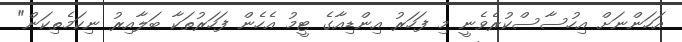
އަހަންނަށް އިހުސާސްކުރެވެނީ މި ފަހަރު އިންޑިއާގެ ޓީމު އެހެން ފަހަރުތަކާ ބަލާއިރު ނިކަމެތިކަން"